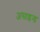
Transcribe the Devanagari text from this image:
असाइन्ड